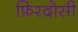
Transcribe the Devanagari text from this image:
फ़िरदोसी